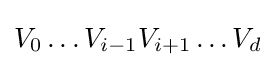
V_{0}\ldots V_{i-1}V_{i+1}\ldots V_{d}